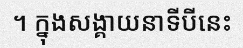
។ ក្នុងសង្គាយនាទីបីនេះ